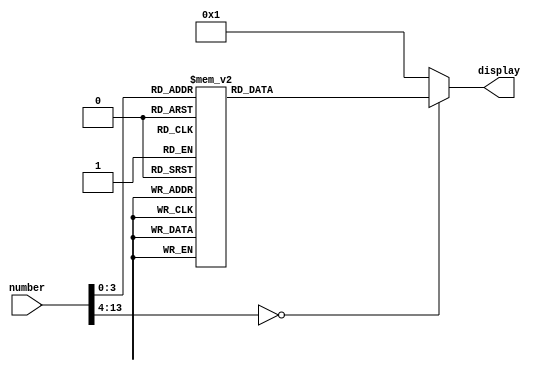
module Display (number, display);

input [13:0] number;
output reg [0:6] display;

always @ (number) begin
	case (number)
		1: display <= 7'b1001111;
		2: display <= 7'b0010010;
		3: display <= 7'b0000110;
		4: display <= 7'b1001100;
		5: display <= 7'b0100100;
		6: display <= 7'b0100000;
		7: display <= 7'b0001101;
		8: display <= 7'b0000000;
		9: display <= 7'b0000100;
		10: display <= 7'b1111110;
		11: display <= 7'b1111111;
		default: display <= 7'b0000001;
	endcase
end

endmodule